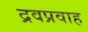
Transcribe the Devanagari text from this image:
द्रवप्रवाह